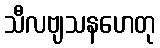
သီလဗျသနဟေတု